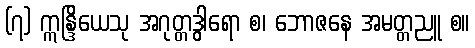
(၇) ဣန္ဒြိယေသု အဂုတ္တဒွါရော စ၊ ဘောဇနေ အမတ္တညူ စ။